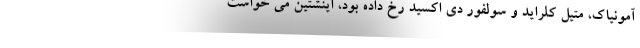
آمونیاک، متیل کلراید و سولفور دی اکسید رخ داده بود، اینشتین می خواست